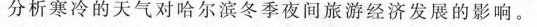
分析寒冷的天气对哈尔滨冬季夜间旅游经济发展的影响。